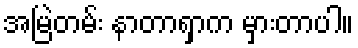
အမြဲတမ်း နာတာရှာက မှားတာပါ။